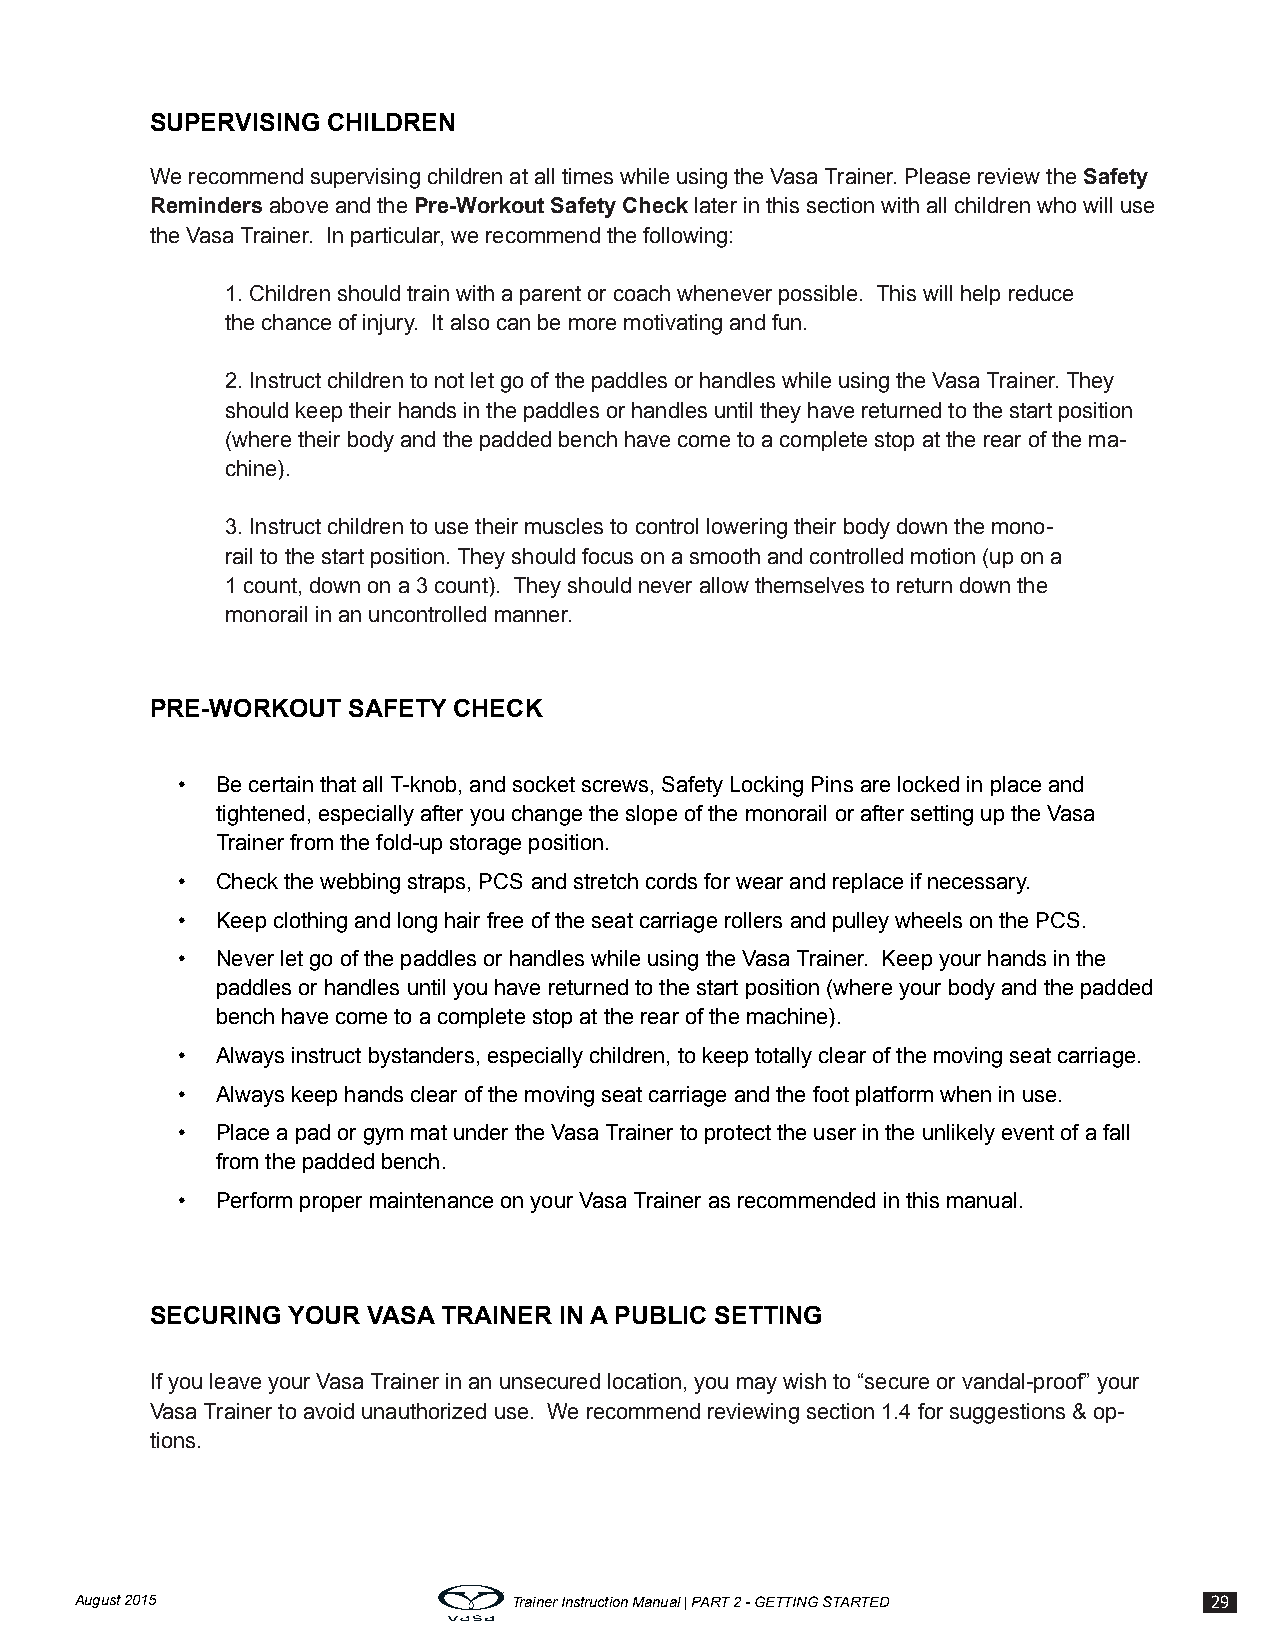
SUPERVISING CHILDREN
 We recommend supervising children at all times while using the Vasa Trainer. Please review the Safety
 Reminders above and the Pre-Workout Safety Check later in this section with all children who will use
 the Vasa Trainer. In particular, we recommend the following:
 1. Children should train with a parent or coach whenever possible. This will help reduce
 the chance of injury. It also can be more motivating and fun.
 2. Instruct children to not let go of the paddles or handles while using the Vasa Trainer. They
 should keep their hands in the paddles or handles until they have returned to the start position
 (where their body and the padded bench have come to a complete stop at the rear of the ma-
 chine).
 3. Instruct children to use their muscles to control lowering their body down the mono-
 rail to the start position. They should focus on a smooth and controlled motion (up on a
 1 count, down on a 3 count). They should never allow themselves to return down the
 monorail in an uncontrolled manner.
 PRE-WORKOUT  SAFETY CHECK
 • Be certain that all T-knob, and socket screws, Safety Locking Pins are locked in place and
 tightened, especially after you change the slope of the monorail or after setting up the Vasa
 Trainer from the fold-up storage position.
 • Check the webbing straps, PCS and stretch cords for wear and replace if necessary.
 • Keep clothing and long hair free of the seat carriage rollers and pulley wheels on the PCS.
 • Never let go of the paddles or handles while using the Vasa Trainer. Keep your hands in the
 paddles or handles until you have returned to the start position (where your body and the padded
 bench have come to a complete stop at the rear of the machine).
 • Always instruct bystanders, especially children, to keep totally clear of the moving seat carriage.
 • Always keep hands clear of the moving seat carriage and the foot platform when in use.
 • Place a pad or gym mat under the Vasa Trainer to protect the user in the unlikely event of a fall
 from the padded bench.
 • Perform proper maintenance on your Vasa Trainer as recommended in this manual.
 SECURING YOUR VASA TRAINER IN A PUBLIC SETTING
 If you leave your Vasa Trainer in an unsecured location, you may wish to “secure or vandal-proof” your
 Vasa Trainer to avoid unauthorized use. We recommend reviewing section 1.4 for suggestions & op-
 tions.
 August 2015                  Trainer Instruction Manual | PART 2 - GETTING STARTED 29